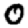
Digit: 0